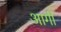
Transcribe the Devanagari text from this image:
आर्गी